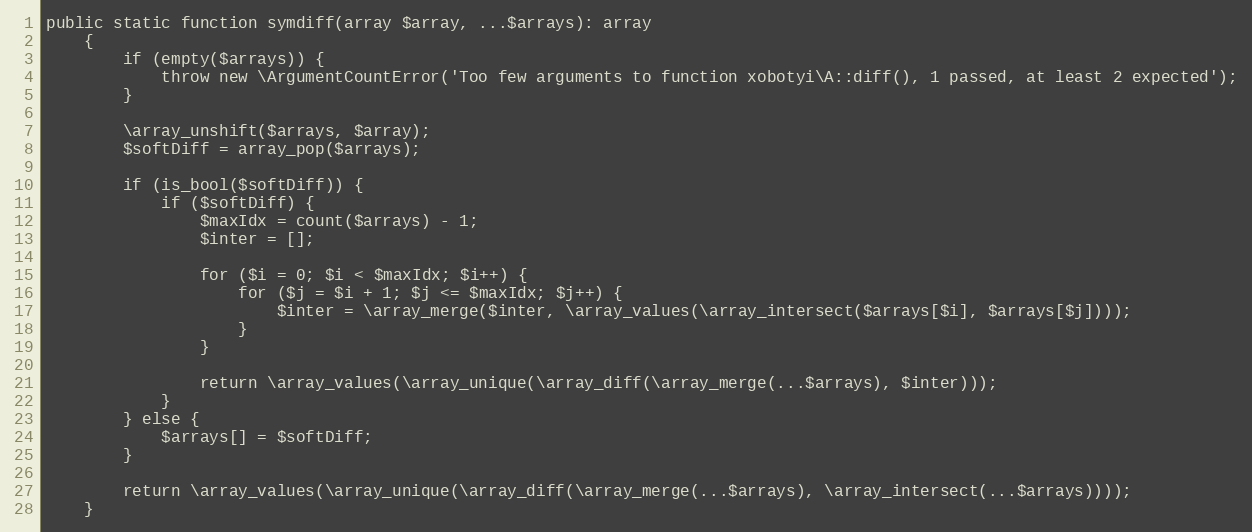
Language: PHP
public static function symdiff(array $array, ...$arrays): array
    {
        if (empty($arrays)) {
            throw new \ArgumentCountError('Too few arguments to function xobotyi\A::diff(), 1 passed, at least 2 expected');
        }

        \array_unshift($arrays, $array);
        $softDiff = array_pop($arrays);

        if (is_bool($softDiff)) {
            if ($softDiff) {
                $maxIdx = count($arrays) - 1;
                $inter = [];

                for ($i = 0; $i < $maxIdx; $i++) {
                    for ($j = $i + 1; $j <= $maxIdx; $j++) {
                        $inter = \array_merge($inter, \array_values(\array_intersect($arrays[$i], $arrays[$j])));
                    }
                }

                return \array_values(\array_unique(\array_diff(\array_merge(...$arrays), $inter)));
            }
        } else {
            $arrays[] = $softDiff;
        }

        return \array_values(\array_unique(\array_diff(\array_merge(...$arrays), \array_intersect(...$arrays))));
    }